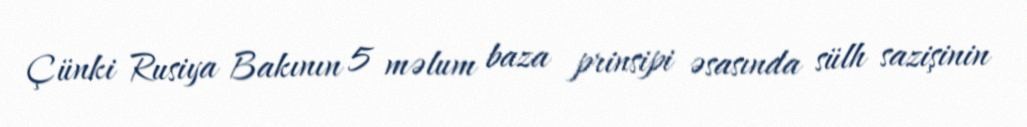
Çünki Rusiya Bakının 5 məlum baza prinsipi əsasında sülh sazişinin